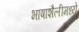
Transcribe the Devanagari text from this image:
भाषाशैलीमध्ये